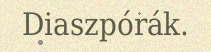
Diaszpórák.